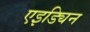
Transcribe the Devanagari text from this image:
एइड्यिन